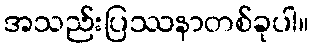
အသည်းပြဿနာတစ်ခုပါ။